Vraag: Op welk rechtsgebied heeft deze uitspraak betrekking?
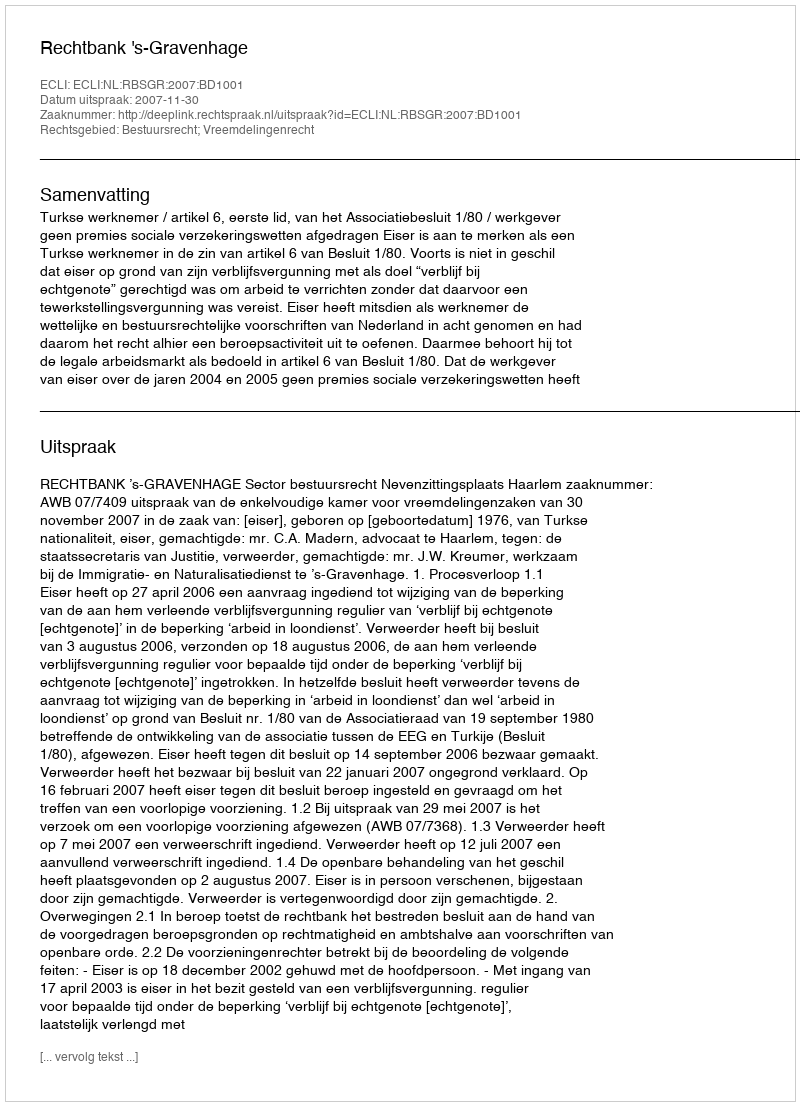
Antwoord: Bestuursrecht; Vreemdelingenrecht